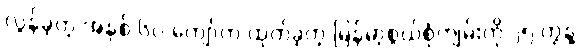
လွန်ခဲ့တဲ့ အနှစ် ၆၀ ကျော်က ထုတ်ခဲ့တဲ့ မြန်မာ့စွယ်စုံကျမ်းကို ၂၅ တွဲနဲ့